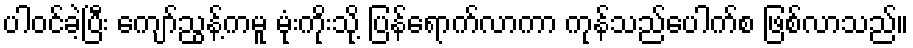
ပါဝင်ခဲ့ပြီး ကျော်ညွန့်ကမူ မုံးကိုးသို့ ပြန်ရောက်လာကာ ကုန်သည်ပေါက်စ ဖြစ်လာသည်။